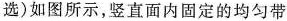
选)如图所示，竖直面内固定的均匀带